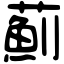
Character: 薊